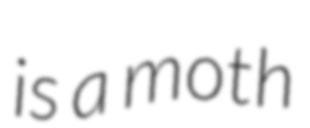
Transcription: is a moth